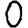
Digit: 0